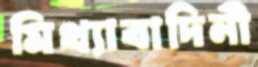
মিথ্যাবাদিনী